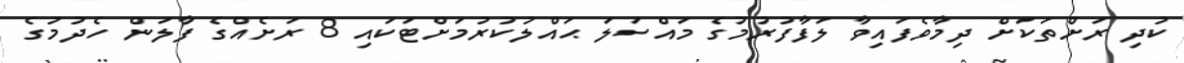
ކުދި ރަށްތަކަށް ދިމާވެފައިވާ ލަފާފުރުމުގެ މައްސަލަ ޙައްލުކުރުމަށްޓަކައި 8 ރަށެއްގެ ފާލަން ހެދުމުގެ